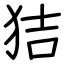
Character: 狤